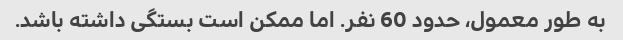
به طور معمول، حدود 60 نفر. اما ممکن است بستگی داشته باشد.